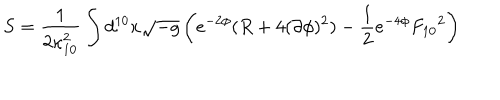
LaTeX: S = \frac { 1 } { 2 \kappa _ { 1 0 } ^ { 2 } } \int d ^ { 1 0 } x \sqrt { - g } \left( e ^ { - 2 \phi } ( R + 4 ( \partial \phi ) ^ { 2 } ) - \frac { 1 } { 2 } e ^ { - 4 \phi } { F _ { 1 0 } } ^ { 2 } \right)